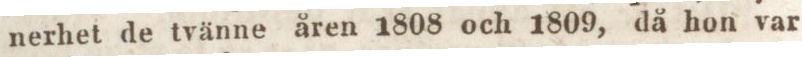
nerhet de tvänne åren 1808 och 1809, då hon var